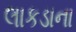
લાકડાના